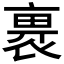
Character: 𧚽